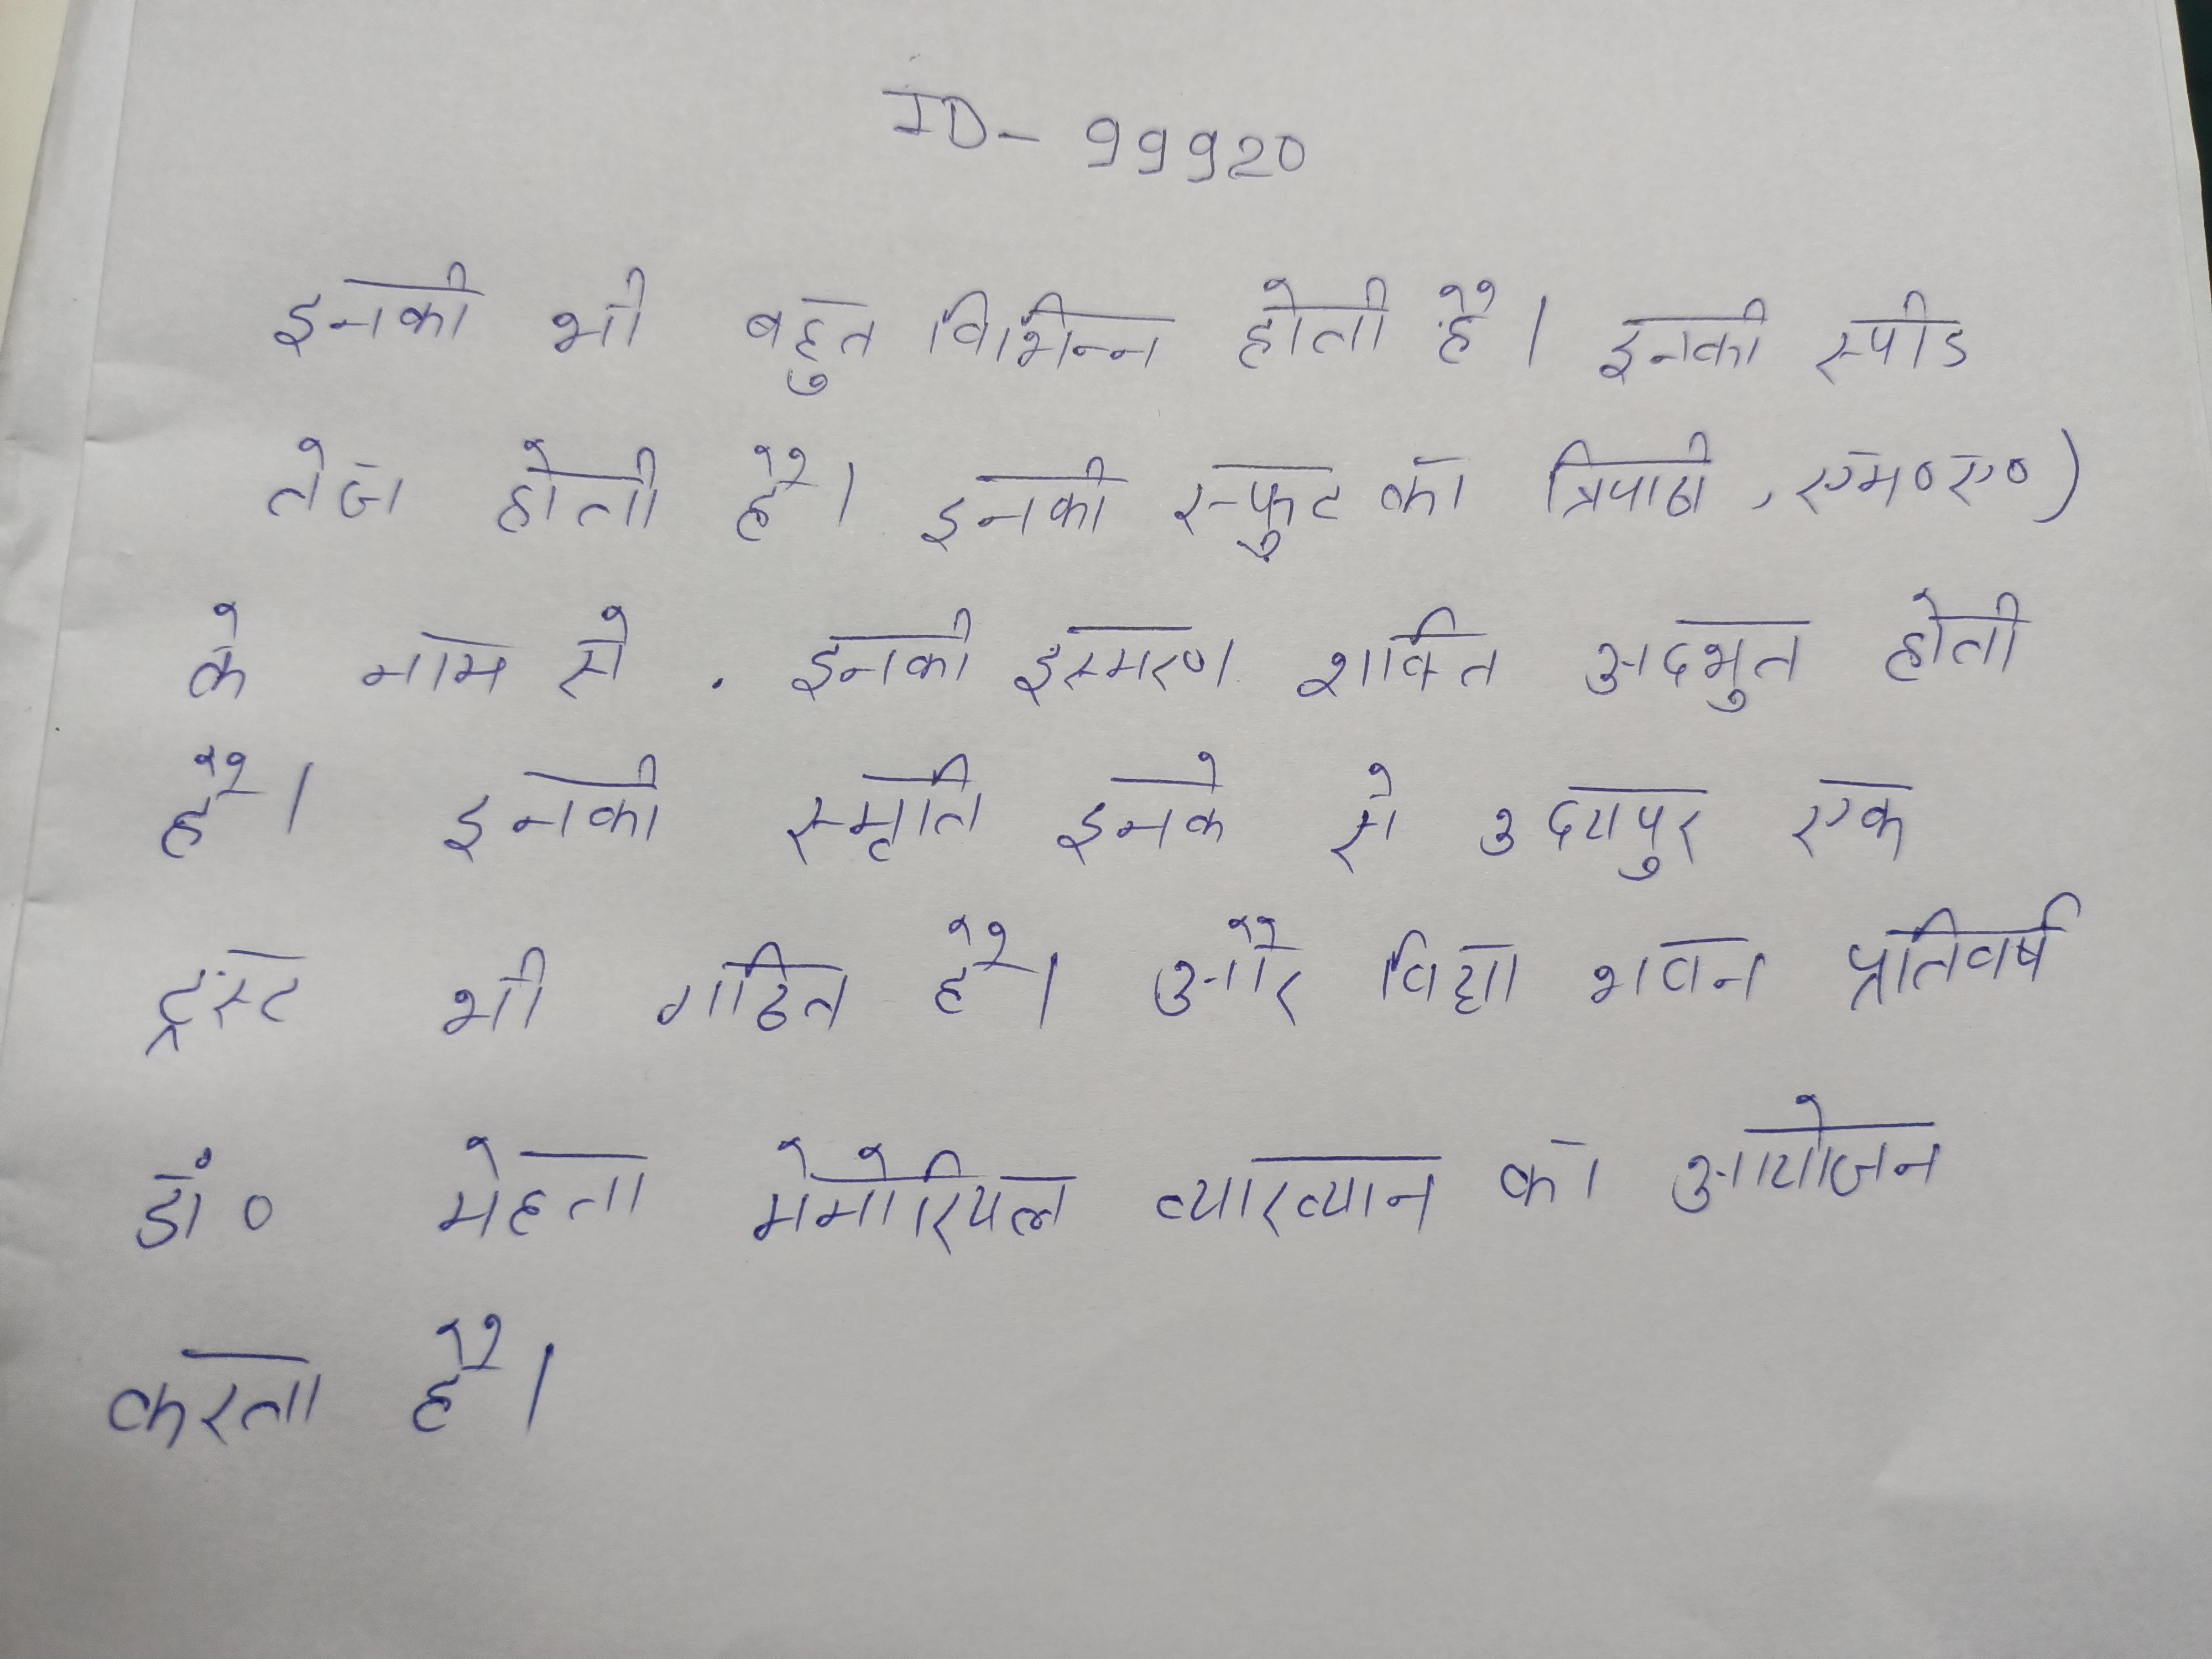
इनकी भी बहुत विभिन्न होती । इनकी स्पीड तेज होती है । इनकी स्फुट का त्रिपाठी, एम॰ए॰) के नाम से . इनकी स्मरण शक्ति अद्भुत होती है । इनकी स्मृति इनके नाम से उदयपुर एक ट्रस्ट भी गठित है और विद्या भवन प्रतिवर्ष डॉ॰ मेहता मेमोरियल व्याख्यान का आयोजन करता है ।